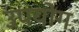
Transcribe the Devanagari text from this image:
उपयोगः